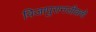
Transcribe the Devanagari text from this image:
विजापुरानजीकचे